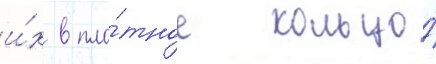
и́х в пло́тное кольцо́